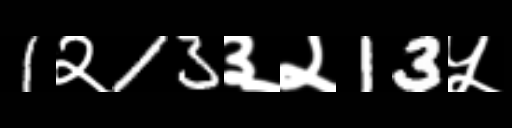
Text: 1२13३२13५